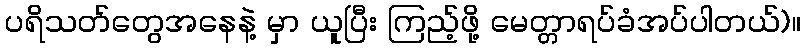
ပရိသတ်တွေအနေနဲ့ မှာ ယူပြီး ကြည့်ဖို့ မေတ္တာရပ်ခံအပ်ပါတယ်)။